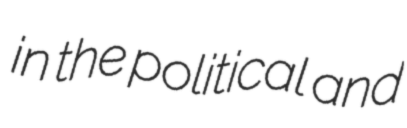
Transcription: in the political and